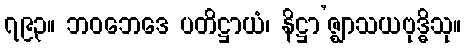
၇၉၃။ ဘဝဘေဒေ ပတိဋ္ဌာယံ၊ နိဋ္ဌာ’ဇ္ဈာသယဗုဒ္ဓိသု။